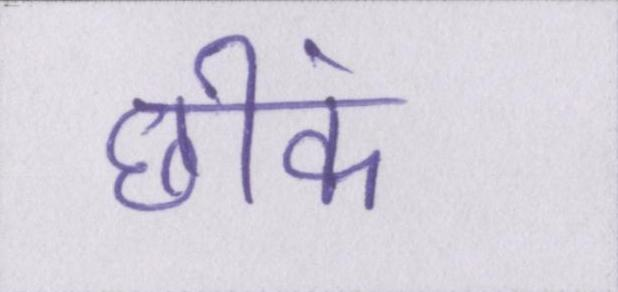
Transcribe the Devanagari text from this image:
छींक